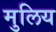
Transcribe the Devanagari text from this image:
मुलिय